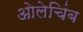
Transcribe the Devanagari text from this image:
ओलेचिंब